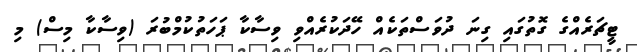
ޓީޗަރެއްގެ ގޮތުގައި ގިނަ ދުވަސްތަކެއް ހޭދަކުރެއްވި ވިސާކާ ޕަހަތުކުމްބުރަ (ވިސާކާ މިސް) މި